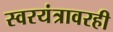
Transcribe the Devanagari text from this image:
स्वरयंत्रावरही